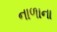
નાળાના